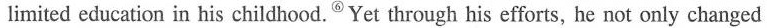
limited education in his childhood.⑥ Yet through his efforts, he not only changed